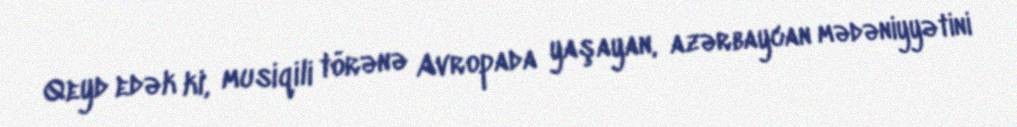
Qeyd edək ki, musiqili törənə Avropada yaşayan, azərbaycan mədəniyyətini